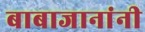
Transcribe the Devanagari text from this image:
बाबाजानांनी